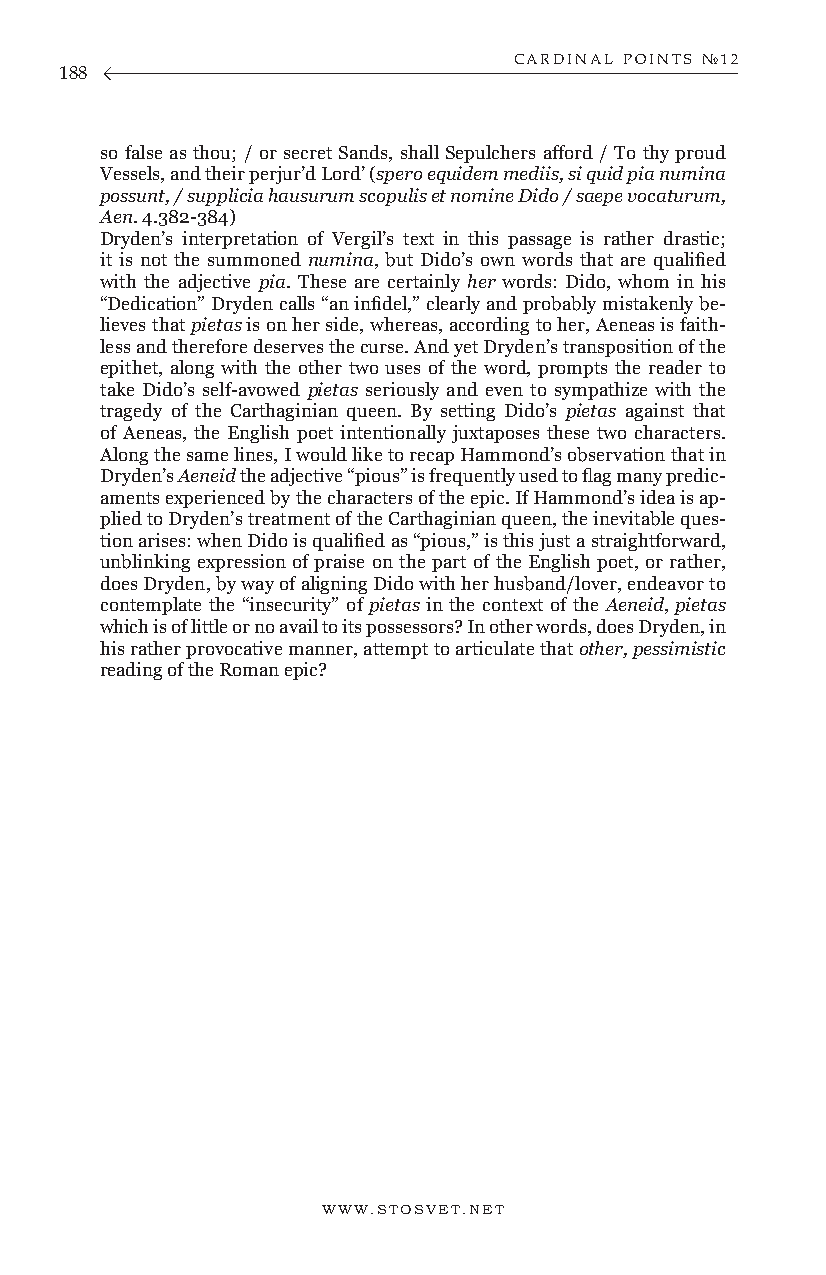
CARDINAL POINTS №12
 188
 so false as thou; / or secret Sands, shall Sepulchers afford / To thy proud
 Vessels, and their perjur’d Lord’ (spero equidem mediis, si quid pia numina
 possunt, / supplicia hausurum scopulis et nomine Dido / saepe vocaturum,
 Aen. 4.382-384)
 Dryden’s interpretation of Vergil’s text in this passage is rather drastic;
 it is not the summoned numina, but Dido’s own words that are qualified
 with the adjective pia. These are certainly her words: Dido, whom in his
 “Dedication” Dryden calls “an infidel,” clearly and probably mistakenly be-
 lieves that pietas is on her side, whereas, according to her, Aeneas is faith-
 less and therefore deserves the curse. And yet Dryden’s transposition of the
 epithet, along with the other two uses of the word, prompts the reader to
 take Dido’s self-avowed pietas seriously and even to sympathize with the
 tragedy of the Carthaginian queen. By setting Dido’s pietas against that
 of Aeneas, the English poet intentionally juxtaposes these two characters.
 Along the same lines, I would like to recap Hammond’s observation that in
 Dryden’s Aeneid the adjective “pious” is frequently used to flag many predic-
 aments experienced by the characters of the epic. If Hammond’s idea is ap-
 plied to Dryden’s treatment of the Carthaginian queen, the inevitable ques-
 tion arises: when Dido is qualified as “pious,” is this just a straightforward,
 unblinking expression of praise on the part of the English poet, or rather,
 does Dryden, by way of aligning Dido with her husband/lover, endeavor to
 contemplate the “insecurity” of pietas in the context of the Aeneid, pietas
 which is of little or no avail to its possessors? In other words, does Dryden, in
 his rather provocative manner, attempt to articulate that other, pessimistic
 reading of the Roman epic?
 WWW.STOSVET.NET                                        WWW.STOSVET.NET